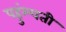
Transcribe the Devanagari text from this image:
पहुंम्चती